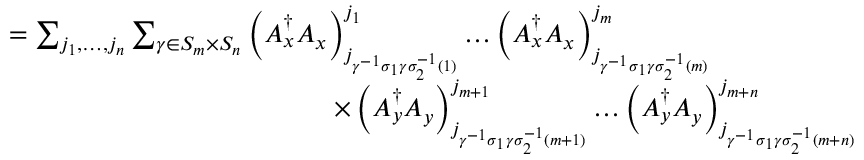
\begin{array} { r l } { } & { = \sum _ { j _ { 1 } , \dots , j _ { n } } \sum _ { \gamma \in S _ { m } \times S _ { n } } \left( A _ { x } ^ { \dagger } A _ { x } \right) _ { j _ { \gamma ^ { - 1 } \sigma _ { 1 } \gamma \sigma _ { 2 } ^ { - 1 } ( 1 ) } } ^ { j _ { 1 } } \dots \left( A _ { x } ^ { \dagger } A _ { x } \right) _ { j _ { \gamma ^ { - 1 } \sigma _ { 1 } \gamma \sigma _ { 2 } ^ { - 1 } ( m ) } } ^ { j _ { m } } } \\ { } & { \qquad \qquad \qquad \qquad \qquad \qquad \times \left( A _ { y } ^ { \dagger } A _ { y } \right) _ { j _ { \gamma ^ { - 1 } \sigma _ { 1 } \gamma \sigma _ { 2 } ^ { - 1 } ( m + 1 ) } } ^ { j _ { m + 1 } } \dots \left( A _ { y } ^ { \dagger } A _ { y } \right) _ { j _ { \gamma ^ { - 1 } \sigma _ { 1 } \gamma \sigma _ { 2 } ^ { - 1 } ( m + n ) } } ^ { j _ { m + n } } } \end{array}